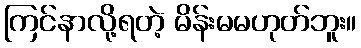
ကြင်နာလို့ရတဲ့ မိန်းမမဟုတ်ဘူး။